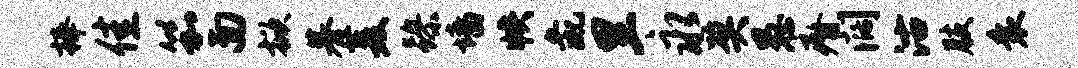
捧佳笳面掀慕菱躁墙帙彘里永奖愚瘠阔沽肢衰